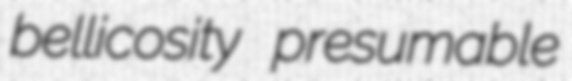
bellicosity presumable